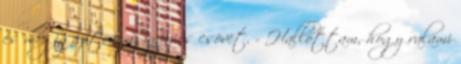
és megigazítom az infúziós csövet. - Hallottam, hogy valami